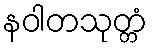
နဝါတသုတ္တံ